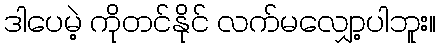
ဒါပေမဲ့ ကိုတင်နိုင် လက်မလျှော့ပါဘူး။